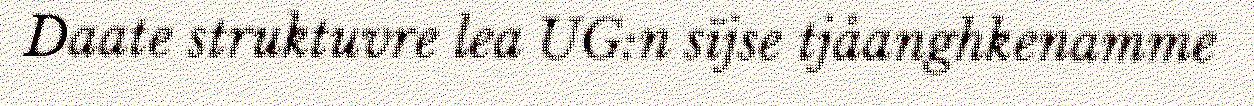
Daate struktuvre lea UG:n sïjse tjåanghkenamme